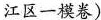
江区一模卷)